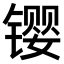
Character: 𫔉